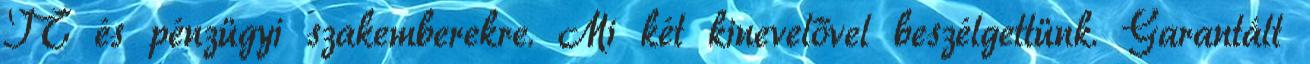
IT és pénzügyi szakemberekre. Mi két kinevelővel beszélgettünk. Garantált